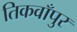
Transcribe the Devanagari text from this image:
तिकवाँपुर